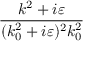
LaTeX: \frac { k ^ { 2 } + i \varepsilon } { ( k _ { 0 } ^ { 2 } + i \varepsilon ) ^ { 2 } k _ { 0 } ^ { 2 } }